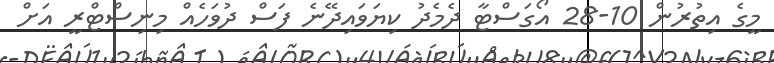
މީގެ އިތުރުން 10-28 އޯގަސްޓާ ދެމެދު ކިޔަވައިދޭނެ ފަސް ދުވަހެއް މިނިސްޓްރީ އަށް